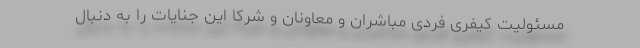
مسئولیت کیفریِ فردی مباشران و معاونان و شرکا این جنایات را به دنبال